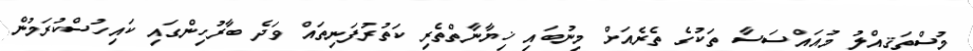
މުސްތަޤިއްލު މުއައްސަސާ ތަކުގެ ތެރެއަށް މިނުބައި ޚިޔާނާތްތެރި ކަތުރުފަނިތައް ވަދެ ބާރުހިންގައި ކައިހުސްކުރަމުން